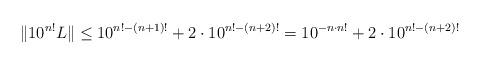
LaTeX: \begin{align*}\Vert 10^{n!}L\Vert\leq 10^{n!-(n+1)!}+2\cdot 10^{n!-(n+2)!}=10^{-n\cdot n!}+2\cdot 10^{n!-(n+2)!}\end{align*}